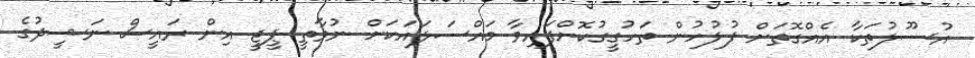
އުސޫލުތަކާ އެއްގޮތަށް ފުލުހުން ތަހުގީގުކޮށްފައިވާ މައްސަލައަކަށް ނުވާތީ ޕީޖީ އިން ރައީސް ނަޝީދުގެ